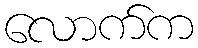
လောက်က